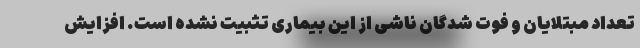
تعداد مبتلایان و فوت شدگان ناشی از این بیماری تثبیت نشده است. افزایش